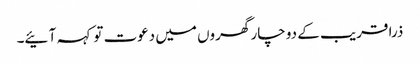
ذرا قریب کے دو چار گھروں میں دعوت تو کہہ آ ئیے۔